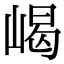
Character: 嵑